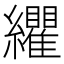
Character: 𮉛